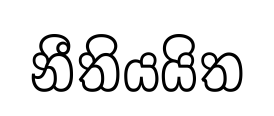
නීතියයිත